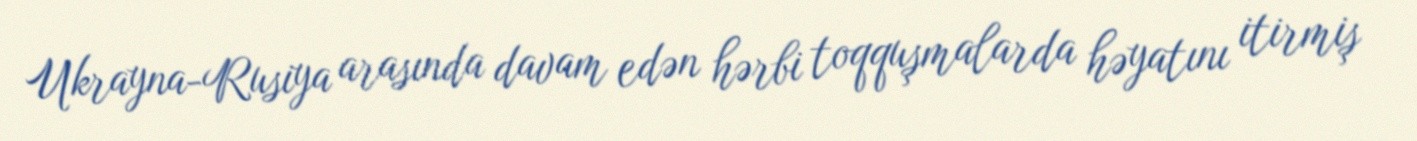
Ukrayna-Rusiya arasında davam edən hərbi toqquşmalarda həyatını itirmiş